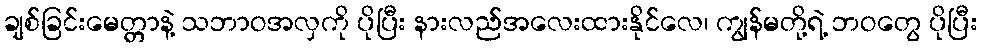
ချစ်ခြင်းမေတ္တာနဲ့ သဘာဝအလှကို ပိုပြီး နားလည်အလေးထားနိုင်လေ၊ ကျွန်မတို့ရဲ့ ဘဝတွေ ပိုပြီး